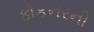
ફોકનરની